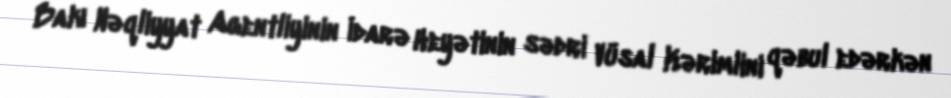
Bakı Nəqliyyat Agentliyinin İdarə Heyətinin sədri Vüsal Kərimlini qəbul edərkən